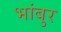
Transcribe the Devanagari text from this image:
भांबुर